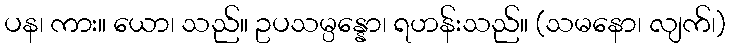
ပန၊ ကား။ ယော၊ သည်။ ဥပသမ္ပန္နော၊ ရဟန်းသည်။ (သမနော၊ လျက်၊)